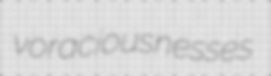
voraciousnesses